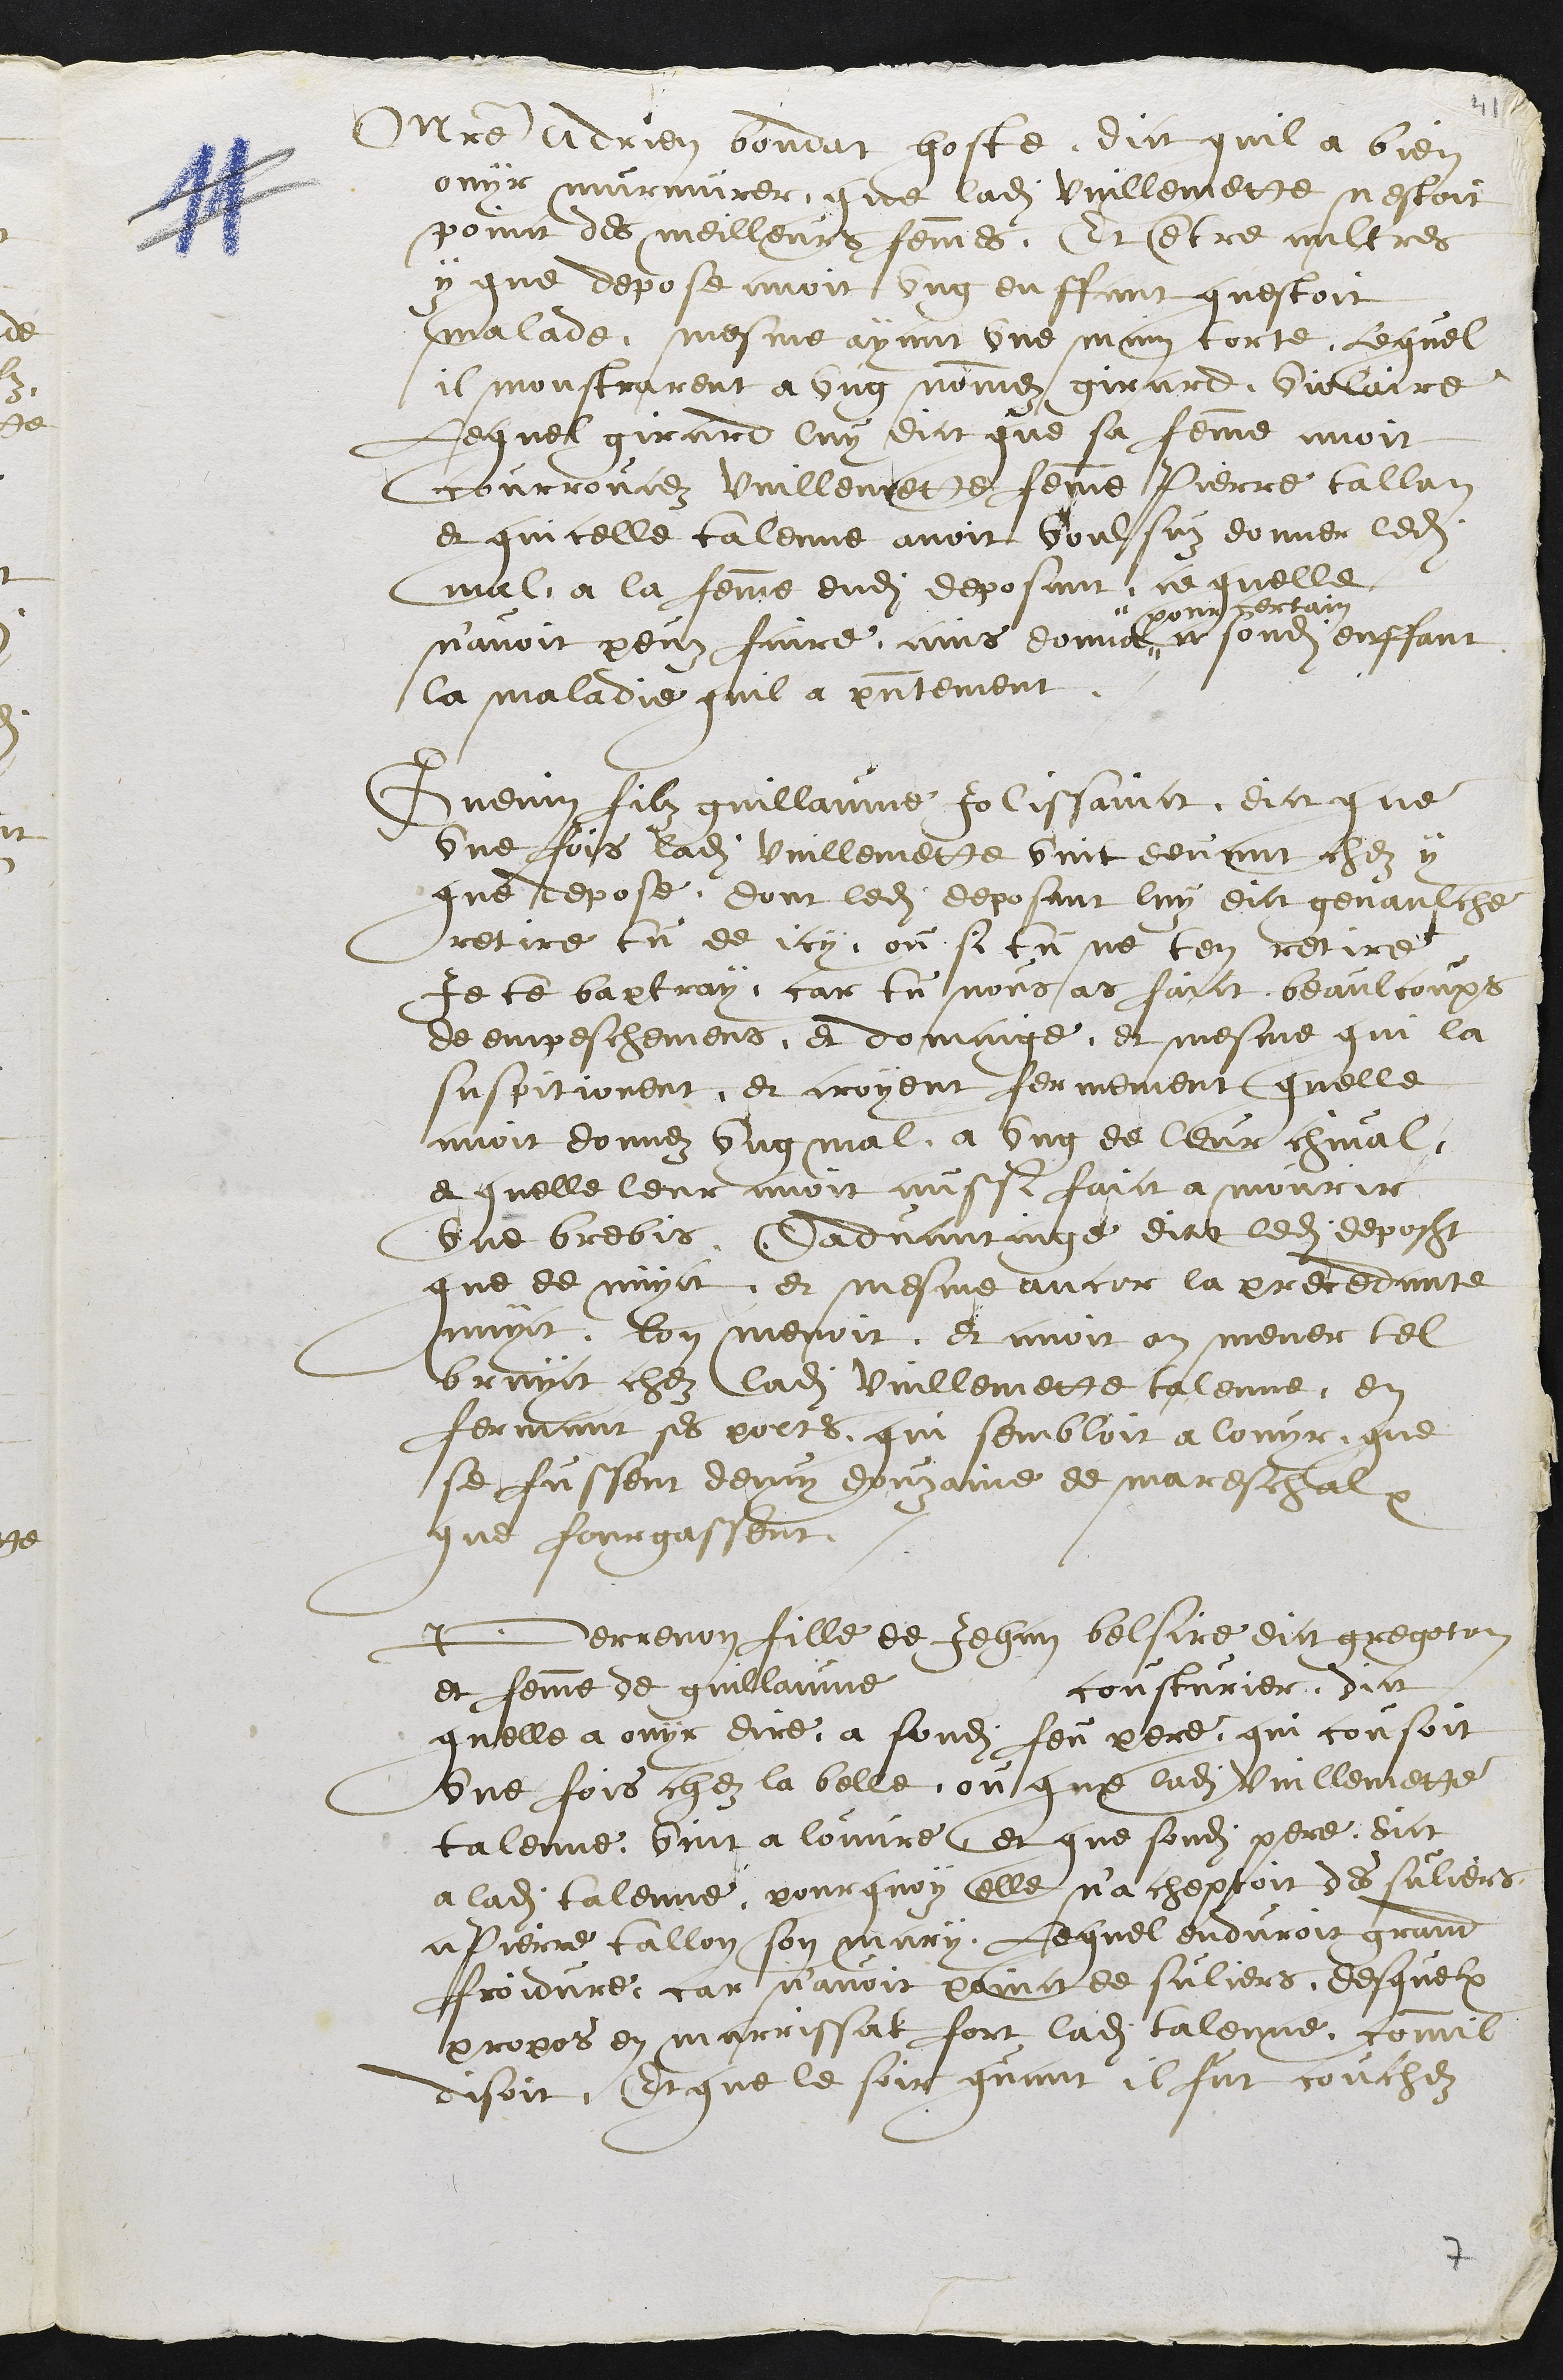
Maitre Adrien Bondat hoste, dict quil a bien
ouyr murmurer, que ladite vuillemette nestoit
poinct des meilleurs femmes. Et entre aultres
y que depose avoit ung enffant questoit
malade mesme ayant une main torte, Lequel
il monstarent a ung nommez girard Violaire
Lequel girard luy dict que sa femme avoit
courroucez Vuillemette femme Pierre Tallon
et quicelle Talenne avoit voulsus donner ledit
mal a la femme dudit deposant ce quelle
navoit peuz faire ains donna "
" pour certain
a sondit enffant
la maladie quil a presentement.
Guenin filz guillaume Jolissainct dict que
une fois ladite vuillemette vint devant chez y
que depose, dont ledit deposant luy dict genaulche
retire tu de cy ou si tu ne ten retire
Je te baptray, car tu nous as faict beaulcoups
de empeschemens, et domaige, et mesme qui la
suspitionent, et croyent fermement quelle
avoit donnez ung mal a ung de leur chival
et quelle leur avoit aussi faict a mourir
une brebis. Dadvantaige dict ledit deposant
que de nuyct, et mesme encor la precedante
nuyct, lon menoit et avoit on mener tel
bruyct chez ladite Vuillemette talenne, en
fermant ses portes qui sembloit a louyr que
se fussent demy douzaine de mareschalx
que fourgassent.
Perrenon fille de Jehan belsire dict gregoton
et femme de guillaume cousturier, dict
quelle a ouyr dire a sondit feu pere, qui cousoit
une fois chez la belle ou que ladite Vuillemette
talenne vint a louvre, et que sondit pere dict
a ladite talenne, pourquoy elle nacheptoit des suliers
a Pierre tallon son mary, Lequel enduroit grand
froidure car n'avoit point de suliers, desquelx
propos en marrissat fort ladite talenne commil
disoit, Et que le soir quant il fut couchez